Leaving Certificate Examination, 1920
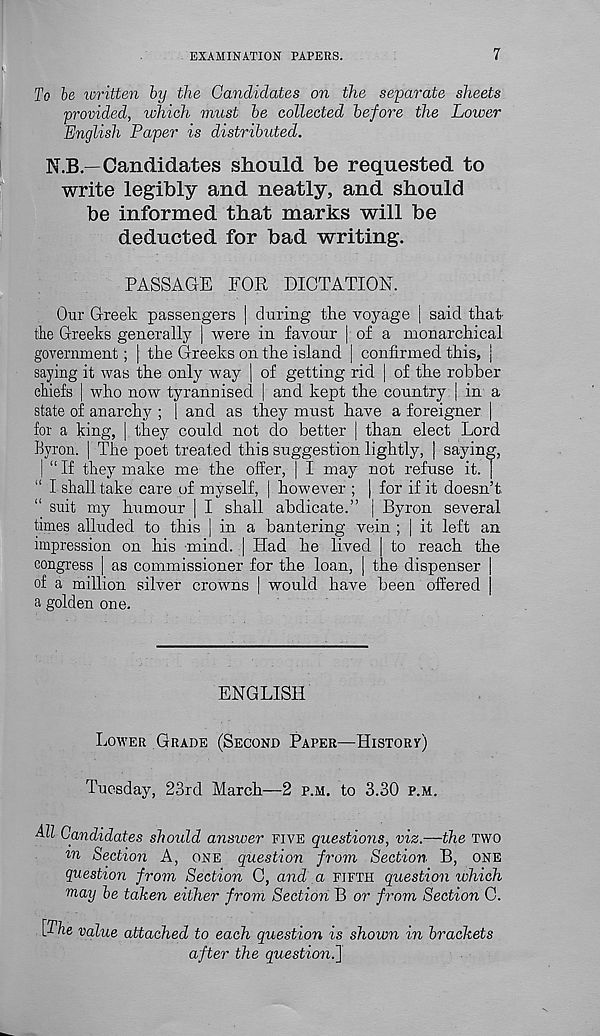
EXAMINATION PAPERS.
7
To be written by the Candidates on the separate sheets
provided, which must be collected before the Lower
English Paper is distributed.
N.B—Candidates should be requested to
write legibly and neatly, and should
be informed that marks will be
deducted for bad writing.
PASSAGE FOR DICTATION.
Our Greek passengers | during the voyage | said that
the Greeks generally | were in favour | of a monarchical
government; | the Greeks on the island j confirmed this, ]
saying it was the only way | of getting rid | of the robber
chiefs | who now tyrannised | and kept the country | in a
state of anarchy ; | and as they must have a foreigner |
for a king, | they could not do better | than elect Lord
Byron. | The poet treated this suggestion lightly, | saying,
| “ If they make me the offer, | I may not refuse it. |
I shall take care of myself, | however ; | for if it doesn’t
suit my humour | I shall abdicate.” j Byron several
times alluded to this | in a bantering vein ; | it left an
impression on his mind. | Had he lived | to reach the
congress | as commissioner for the loan, | the dispenser |
of a million silver crowns | would have been offered j
a golden one.
ENGLISH
LOWER GRADE (SECOND PAPER—HISTORV)
Tuesday, 23rd March—2 P.M. to 3.30 P.M.
All Candidates should answer FIVE questions, viz.—the TWO
m Section A, ONE question from Section B, ONE
question from Section 0, and a FIFTH question which
nay be taken either from Section B or from Section 0.
[The value attached to each question is shown in brackets
after the question^]